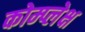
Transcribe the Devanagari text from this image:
कोम्प्लेक्ष